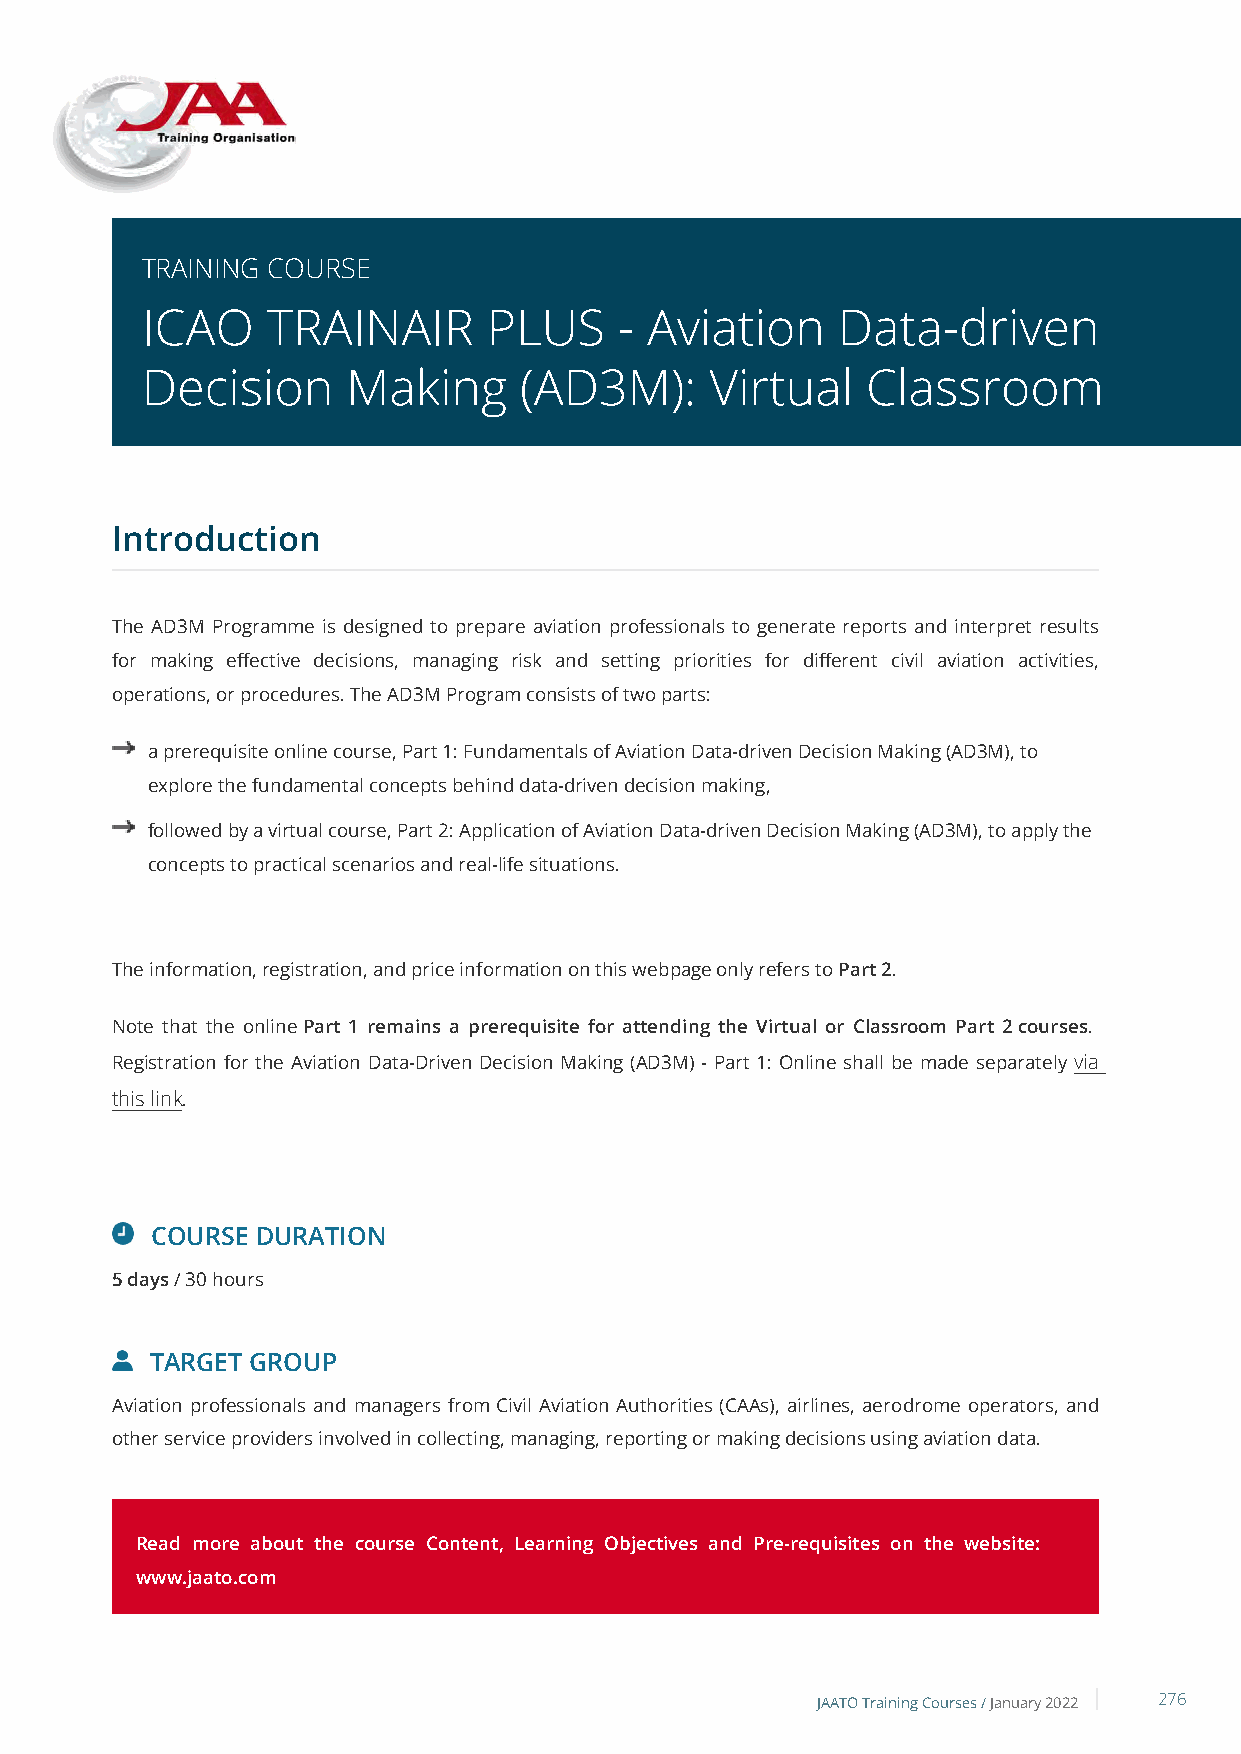
TRAINING COURSE
 ICAO     TRAINAIR      PLUS     - Aviation    Data-driven
 Decision      Making     (AD3M):      Virtual   Classroom
 Introduction
 The AD3M Programme is designed to prepare aviation professionals to generate reports and interpret results
 for making effective decisions, managing risk and setting priorities for different civil aviation activities,
 operations, or procedures. The AD3M Program consists of two parts:
 a prerequisite online course, Part 1: Fundamentals of Aviation Data-driven Decision Making (AD3M), to
 explore the fundamental concepts behind data-driven decision making,
 followed by a virtual course, Part 2: Application of Aviation Data-driven Decision Making (AD3M), to apply the
 concepts to practical scenarios and real-life situations.
 The information, registration, and price information on this webpage only refers to Part 2.
 Note that the online Part 1 remains a prerequisite for attending the Virtual or Classroom Part 2 courses.
 Registration for the Aviation Data-Driven Decision Making (AD3M) - Part 1: Online shall be made separately via
 this link.
 COURSE DURATION
 5 days / 30 hours
 TARGET GROUP
 Aviation professionals and managers from Civil Aviation Authorities (CAAs), airlines, aerodrome operators, and
 other service providers involved in collecting, managing, reporting or making decisions using aviation data.
 Read more about the course Content, Learning Objectives and Pre-requisites on the website:
 www.jaato.com
 JAATO Training Courses /January 2022 276